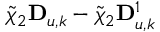
\tilde { \chi } _ { 2 } \mathbf { D } _ { u , k } - \tilde { \chi } _ { 2 } \mathbf { D } _ { u , k } ^ { 1 }